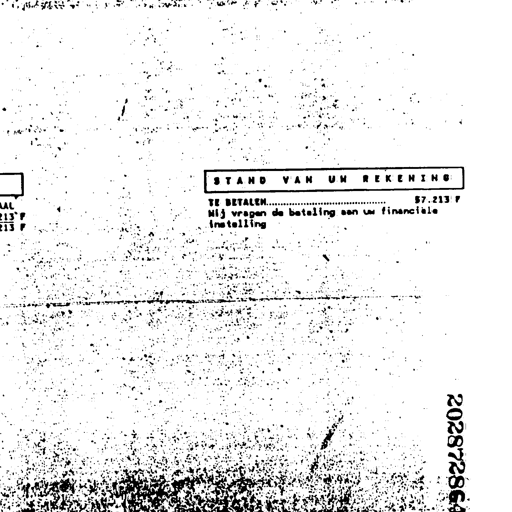
STAND VAN UW REKENING
TE BETALEN................................................... 57.213 F
Wij vragen de betaling aan uw financiële
instelling
20287286